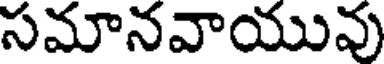
సమానవాయువు